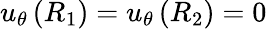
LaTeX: u_{\theta}\left(R_{1}\right)=u_{\theta}\left(R_{2}\right)=0